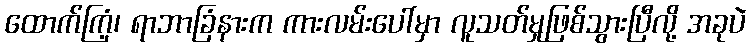
ထောက်ကြံ့၊ ရာဘာခြံနားက ကားလမ်းပေါ်မှာ လူသတ်မှုဖြစ်သွားပြီလို့ အခုပဲ